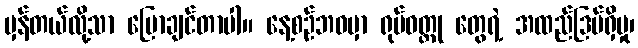
မှန်တယ်လို့သာ ပြောချင်တာပါ။ နေ့စဉ်ဘဝမှာ ရုပ်ဝတ္ထု တွေရဲ့ အထည်ဒြပ်ရှိမှု၊